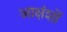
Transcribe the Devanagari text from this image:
आक्षंशों